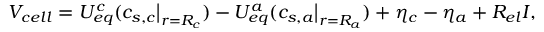
V _ { c e l l } = { U _ { e q } ^ { c } } ( c _ { s , c } \big | _ { r = R _ { c } } ) - { U _ { e q } ^ { a } } ( c _ { s , a } \big | _ { r = R _ { a } } ) + \eta _ { c } - \eta _ { a } + R _ { e l } I ,